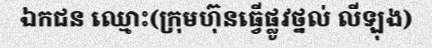
ឯកជន ឈ្មោះ(ក្រុមហ៊ុនធ្វើផ្លូវថ្នល់ លីឡុង)